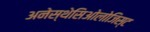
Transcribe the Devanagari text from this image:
अनेस्थेसिओलोजिस्ट